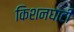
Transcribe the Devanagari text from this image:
किशनघाटी